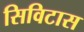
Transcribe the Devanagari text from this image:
सिविटास